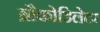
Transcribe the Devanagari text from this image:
ब्रौकोडिलेटर